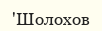
'Шолохов